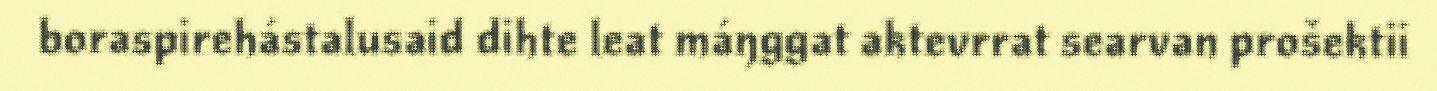
boraspirehástalusaid dihte leat máŋggat aktevrrat searvan prošektii